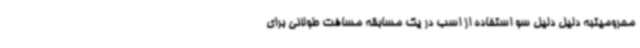
محرومیتبه دلیل دلیل سو استفاده از اسب در یک مسابقه مسافت طولانی برای